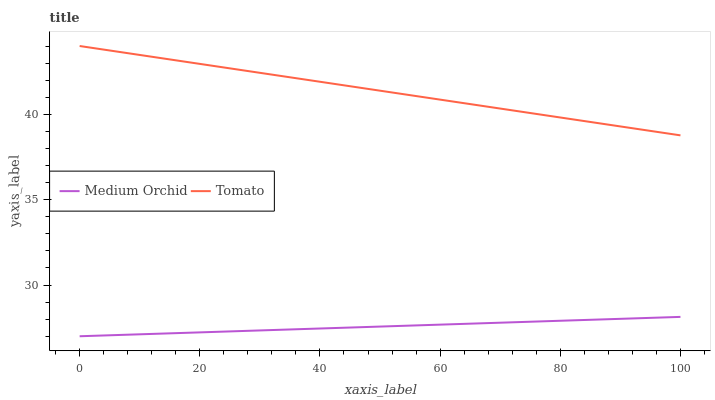
| xaxis_label | Medium Orchid | Tomato |
 | --- | --- | --- |
 | 0 | 27 | 44 |
 | 9.09 | 27.1 | 43.5 |
 | 18.2 | 27.2 | 43 |
 | 27.3 | 27.3 | 42.6 |
 | 36.4 | 27.4 | 42.1 |
 | 45.5 | 27.5 | 41.6 |
 | 54.5 | 27.6 | 41.1 |
 | 63.6 | 27.7 | 40.7 |
 | 72.7 | 27.8 | 40.2 |
 | 81.8 | 27.9 | 39.7 |
 | 90.9 | 28 | 39.2 |
 | 100 | 28.1 | 38.8 |